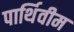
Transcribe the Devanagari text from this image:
पार्थिवीम